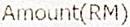
AMOUNT(RM)